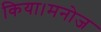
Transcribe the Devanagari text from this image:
किया।मनोज